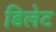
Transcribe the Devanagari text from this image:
डिलेट